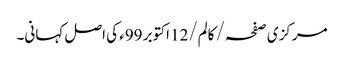
مرکزی صفحہ/ کالم/12 اکتوبر 99ء کی اصل کہانی۔